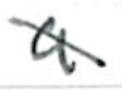
Text: a
Cross-out: diagonal
Writing tool: ballpoint